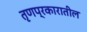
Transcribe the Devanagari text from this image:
तृणप्रकारातील